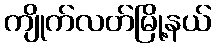
ကျိုက်လတ်မြို့နယ်